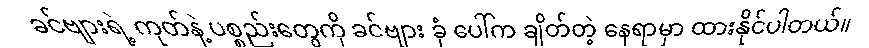
ခင်ဗျားရဲ့ ကုတ်နဲ့ ပစ္စည်းတွေကို ခင်ဗျား ခုံ ပေါ်က ချိတ်တဲ့ နေရာမှာ ထားနိုင်ပါတယ်။